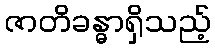
ဇာတိခန္ဓာရှိသည့်